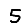
Digit: 5